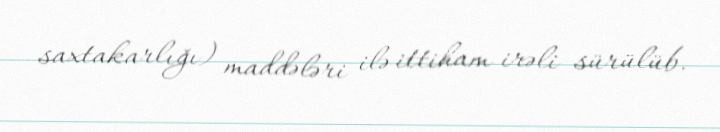
saxtakarlığı) maddələri ilə ittiham irəli sürülüb.